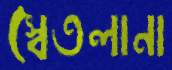
স্বেতলানা